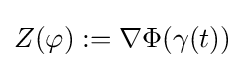
Z(\varphi ):=\nabla \Phi (\gamma (t))